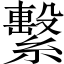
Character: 繫